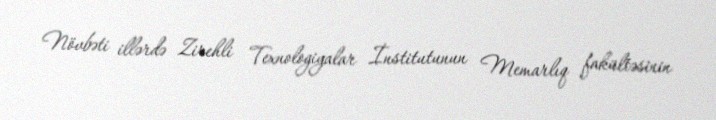
Növbəti illərdə Zirehli Texnologiyalar İnstitutunun Memarlıq fakültəsinin